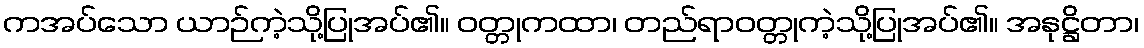
ကအပ်သော ယာဉ်ကဲ့သို့ပြုအပ်၏။ ဝတ္တုကထာ၊ တည်ရာဝတ္တုကဲ့သို့ပြုအပ်၏။ အနုဋ္ဌိတာ၊